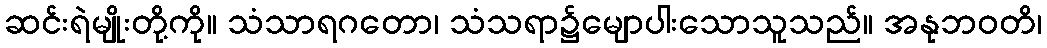
ဆင်းရဲမျိုးတို့ကို။ သံသာရဂတော၊ သံသရာ၌မျောပါးသောသူသည်။ အနုဘဝတိ၊